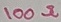
Text: 100Ω